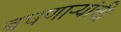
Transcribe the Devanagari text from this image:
बघणाऱ्यांची